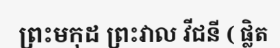
ព្រះមកុដ ព្រះវាល វីជនី ( ផ្លិត